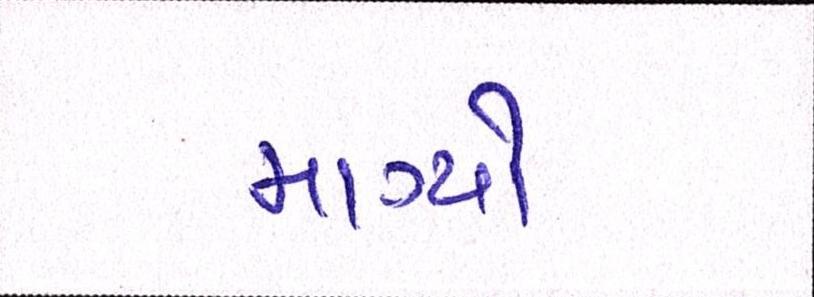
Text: માગ્યો